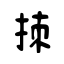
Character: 拺